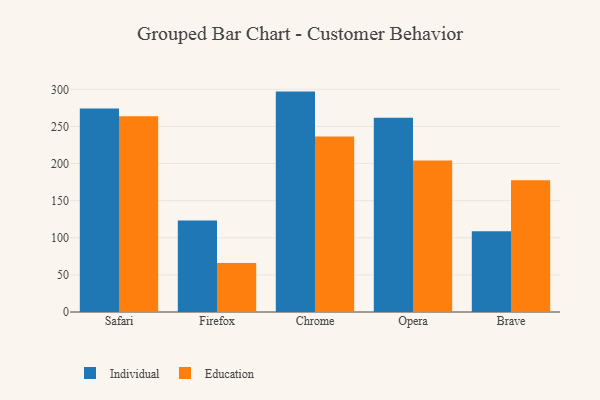
{"axis": {"x": "Browser", "y": "Latency (ms)"}, "legend": ["Education", "Individual"], "data": [{"x": "Safari", "y": 274.3, "type": "Individual"}, {"x": "Safari", "y": 263.6, "type": "Education"}, {"x": "Firefox", "y": 123.1, "type": "Individual"}, {"x": "Firefox", "y": 66.1, "type": "Education"}, {"x": "Chrome", "y": 296.9, "type": "Individual"}, {"x": "Chrome", "y": 236.3, "type": "Education"}, {"x": "Opera", "y": 261.7, "type": "Individual"}, {"x": "Opera", "y": 204.2, "type": "Education"}, {"x": "Brave", "y": 108.8, "type": "Individual"}, {"x": "Brave", "y": 177.6, "type": "Education"}]}